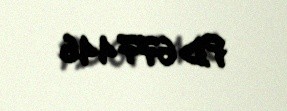
FD 677446